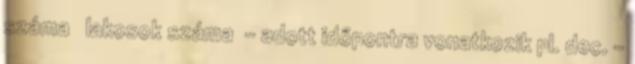
száma lakosok száma – adott időpontra vonatkozik pl. dec. –